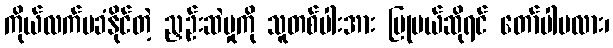
ကိုယ်လက်မခံနိုင်တဲ့ ညှဉ်းဆဲမှုကို သူတစ်ပါးအား ပြုမယ်ဆိုရင် တော်ပါမလား၊